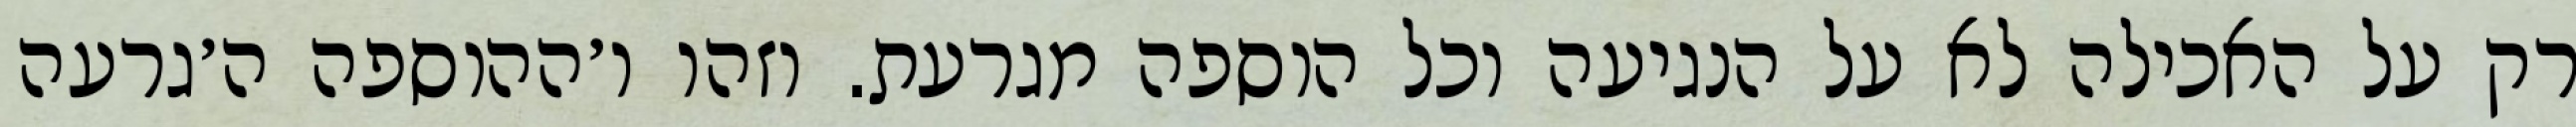
רק על האכילה לא על הנגיעה וכל הוספה מגרעת. וזהו ו׳ההוספה ה׳גרעה